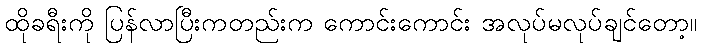
ထိုခရီးကို ပြန်လာပြီးကတည်းက ကောင်းကောင်း အလုပ်မလုပ်ချင်တော့။